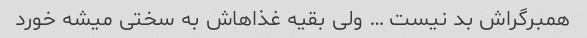
همبرگراش بد نیست … ولی بقیه غذاهاش به سختی میشه خورد